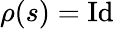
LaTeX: \rho(s)={\mathrm{Id}}